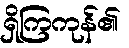
ရှိကြကုန်၏